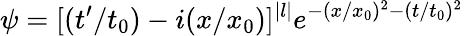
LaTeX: \psi=[(t^{\prime}/t_{0})-i(x/x_{0})]^{|l|}e^{-(x/x_{0})^{2}-(t/t_{0})^{2}}